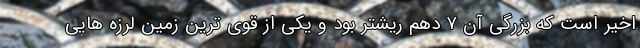
اخیر است که بزرگی آن ۷ دهم ریشتر بود و یکی از قوی ترین زمین لرزه هایی